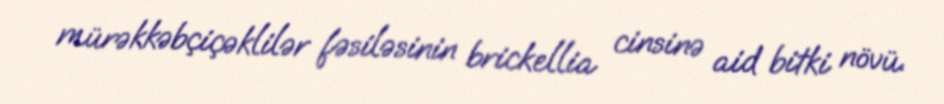
mürəkkəbçiçəklilər fəsiləsinin brickellia cinsinə aid bitki növü.